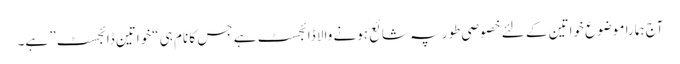
آج ہمارا موضوع خواتین کے لئے خصوصی طور پہ شائع ہونے والا ڈائجسٹ ہے جس کا نام ہی “خواتین ڈائجسٹ” ہے۔